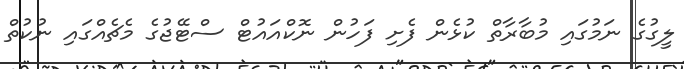
ލީގުގެ ނަމުގައި މުބާރާތް ކުޅެން ފެށި ފަހުން ނޮކްއައުޓް ސްޓޭޖުގެ މެޗެއްގައި ނުކުތް